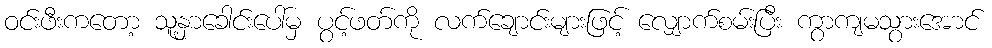
ဝင်းဖီးကတော့ သူ့နှာခေါင်းပေါ်မှ ပွင့်ဖတ်ကို လက်ချောင်းများဖြင့် လျှောက်စမ်းပြီး ကွာကျမသွားအောင်